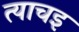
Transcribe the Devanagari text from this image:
त्याचइ